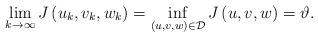
LaTeX: \begin{align*}\lim\limits_{k\rightarrow\infty}J\left( u_{k},v_{k},w_{k}\right)=\inf\limits_{\left( u,v,w\right) \in\mathcal{D}}J\left( u,v,w\right)=\vartheta.\end{align*}